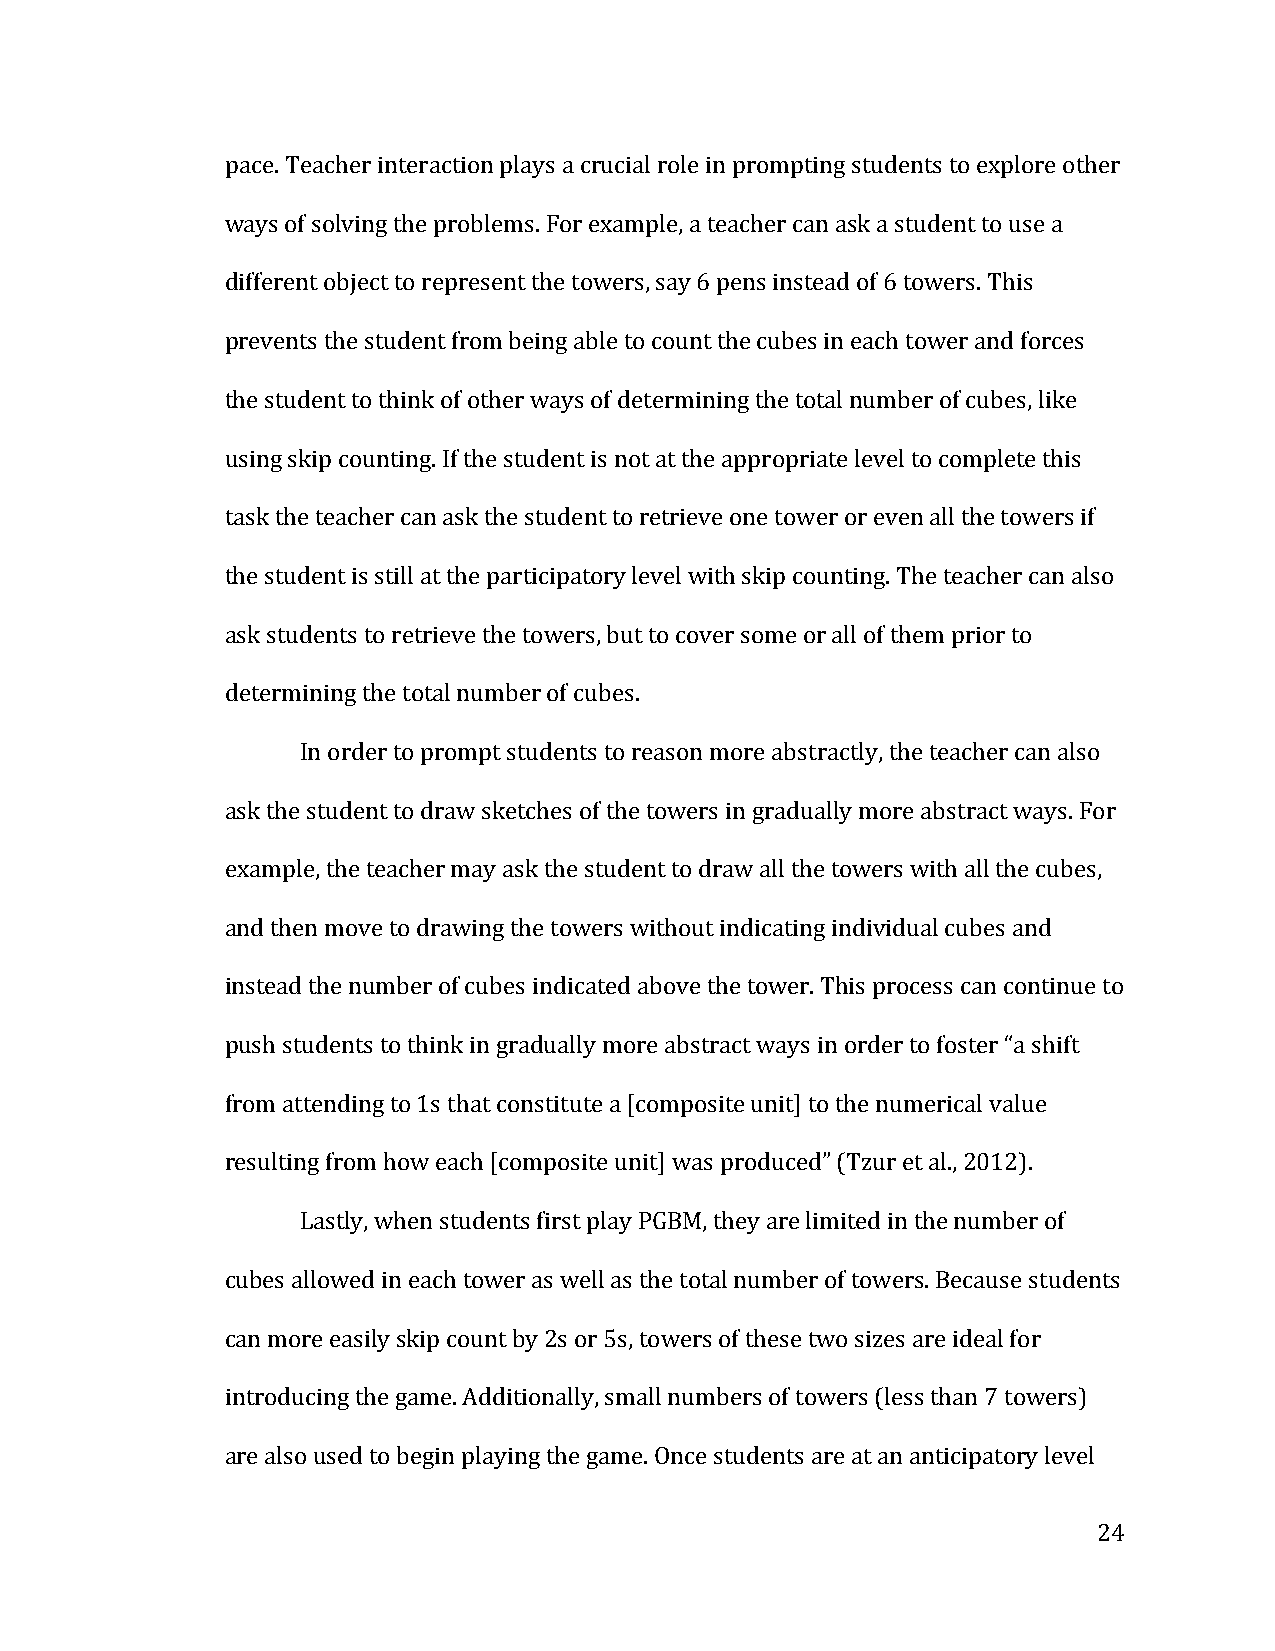
pace. Teacher interaction plays a crucial role in prompting students to explore other
 ways of solving the problems. For example, a teacher can ask a student to use a
 different object to represent the towers, say 6 pens instead of 6 towers. This
 prevents the student from being able to count the cubes in each tower and forces
 the student to think of other ways of determining the total number of cubes, like
 using skip counting. If the student is not at the appropriate level to complete this
 task the teacher can ask the student to retrieve one tower or even all the towers if
 the student is still at the participatory level with skip counting. The teacher can also
 ask students to retrieve the towers, but to cover some or all of them prior to
 determining the total number of cubes.
 In order to prompt students to reason more abstractly, the teacher can also
 ask the student to draw sketches of the towers in gradually more abstract ways. For
 example, the teacher may ask the student to draw all the towers with all the cubes,
 and then move to drawing the towers without indicating individual cubes and
 instead the number of cubes indicated above the tower. This process can continue to
 push students to think in gradually more abstract ways in order to foster “a shift
 from attending to 1s that constitute a [composite unit] to the numerical value
 resulting from how each [composite unit] was produced” (Tzur et al., 2012).
 Lastly, when students first play PGBM, they are limited in the number of
 cubes allowed in each tower as well as the total number of towers. Because students
 can more easily skip count by 2s or 5s, towers of these two sizes are ideal for
 introducing the game. Additionally, small numbers of towers (less than 7 towers)
 are also used to begin playing the game. Once students are at an anticipatory level
 24